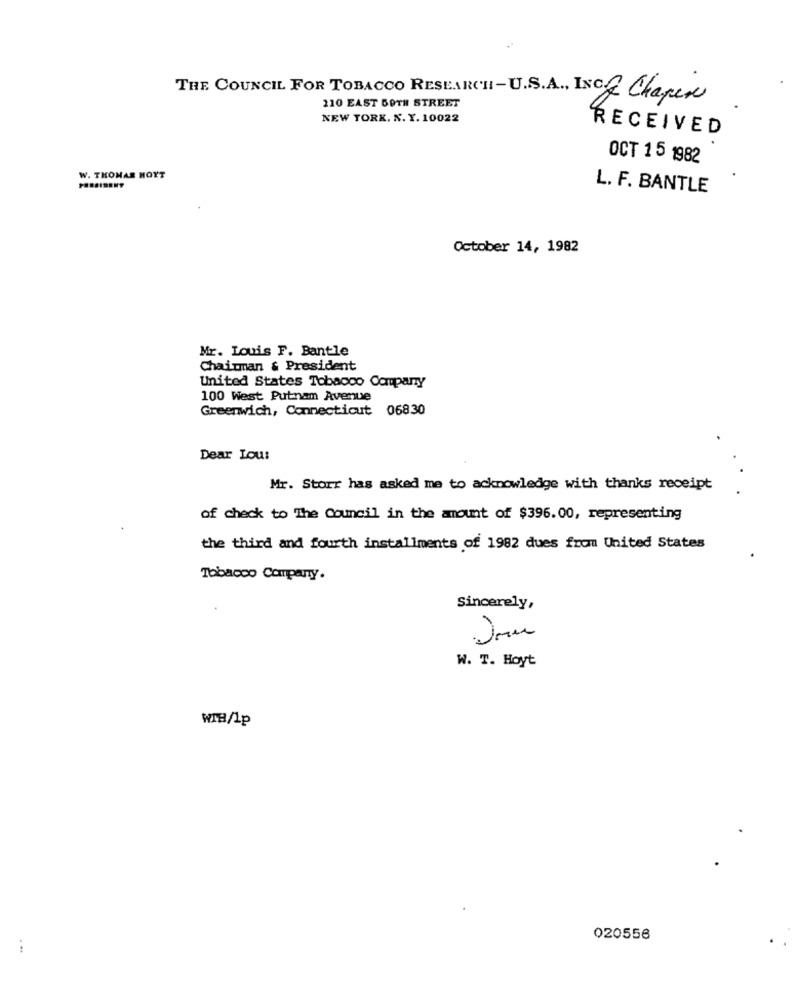
THE COUNCIL FOR TOBACCO RESEARCH-U.S.A ., INC . Chaper
110 EAST 59TH STREET
NEW YORK. N. Y. 10022
RECEIVED
OCT 1 5 1982
W. THOMAS HOYT
L. F. BANTLE
October 14, 1982
Mr. Louis F. Bantle
Chairman & President
United States Tobacco Company
100 West Putnam Avenue
Greenwich, Connecticut 06830
Dear Lou:
Mr. Storr has asked me to acknowledge with thanks receipt
of check to The Council in the amount of $396.00, representing
the third and fourth installments of 1982 dues from United States
Tobacco Company.
Sincerely,
W. T. Hoyt
WIB/1p
020556
. ..